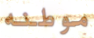
موطنه